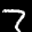
Label: 7